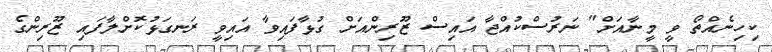
ކިހިނެއްތޯ ވީ މީނާއަށް" ނަރުސްކުއްޖާ އައިސް ޒޫރިންއަށް ގުޅާފައިވާ އައިވީ ރަނގަޅުކޮށްލާފައި ޒޫރިންގެ